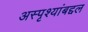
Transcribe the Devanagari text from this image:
अस्पृश्यांबद्दल